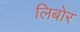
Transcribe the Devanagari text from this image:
लिबोर